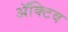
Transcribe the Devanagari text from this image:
ॲक्टिव